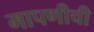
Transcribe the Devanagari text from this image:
मापणीची